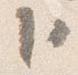
臣